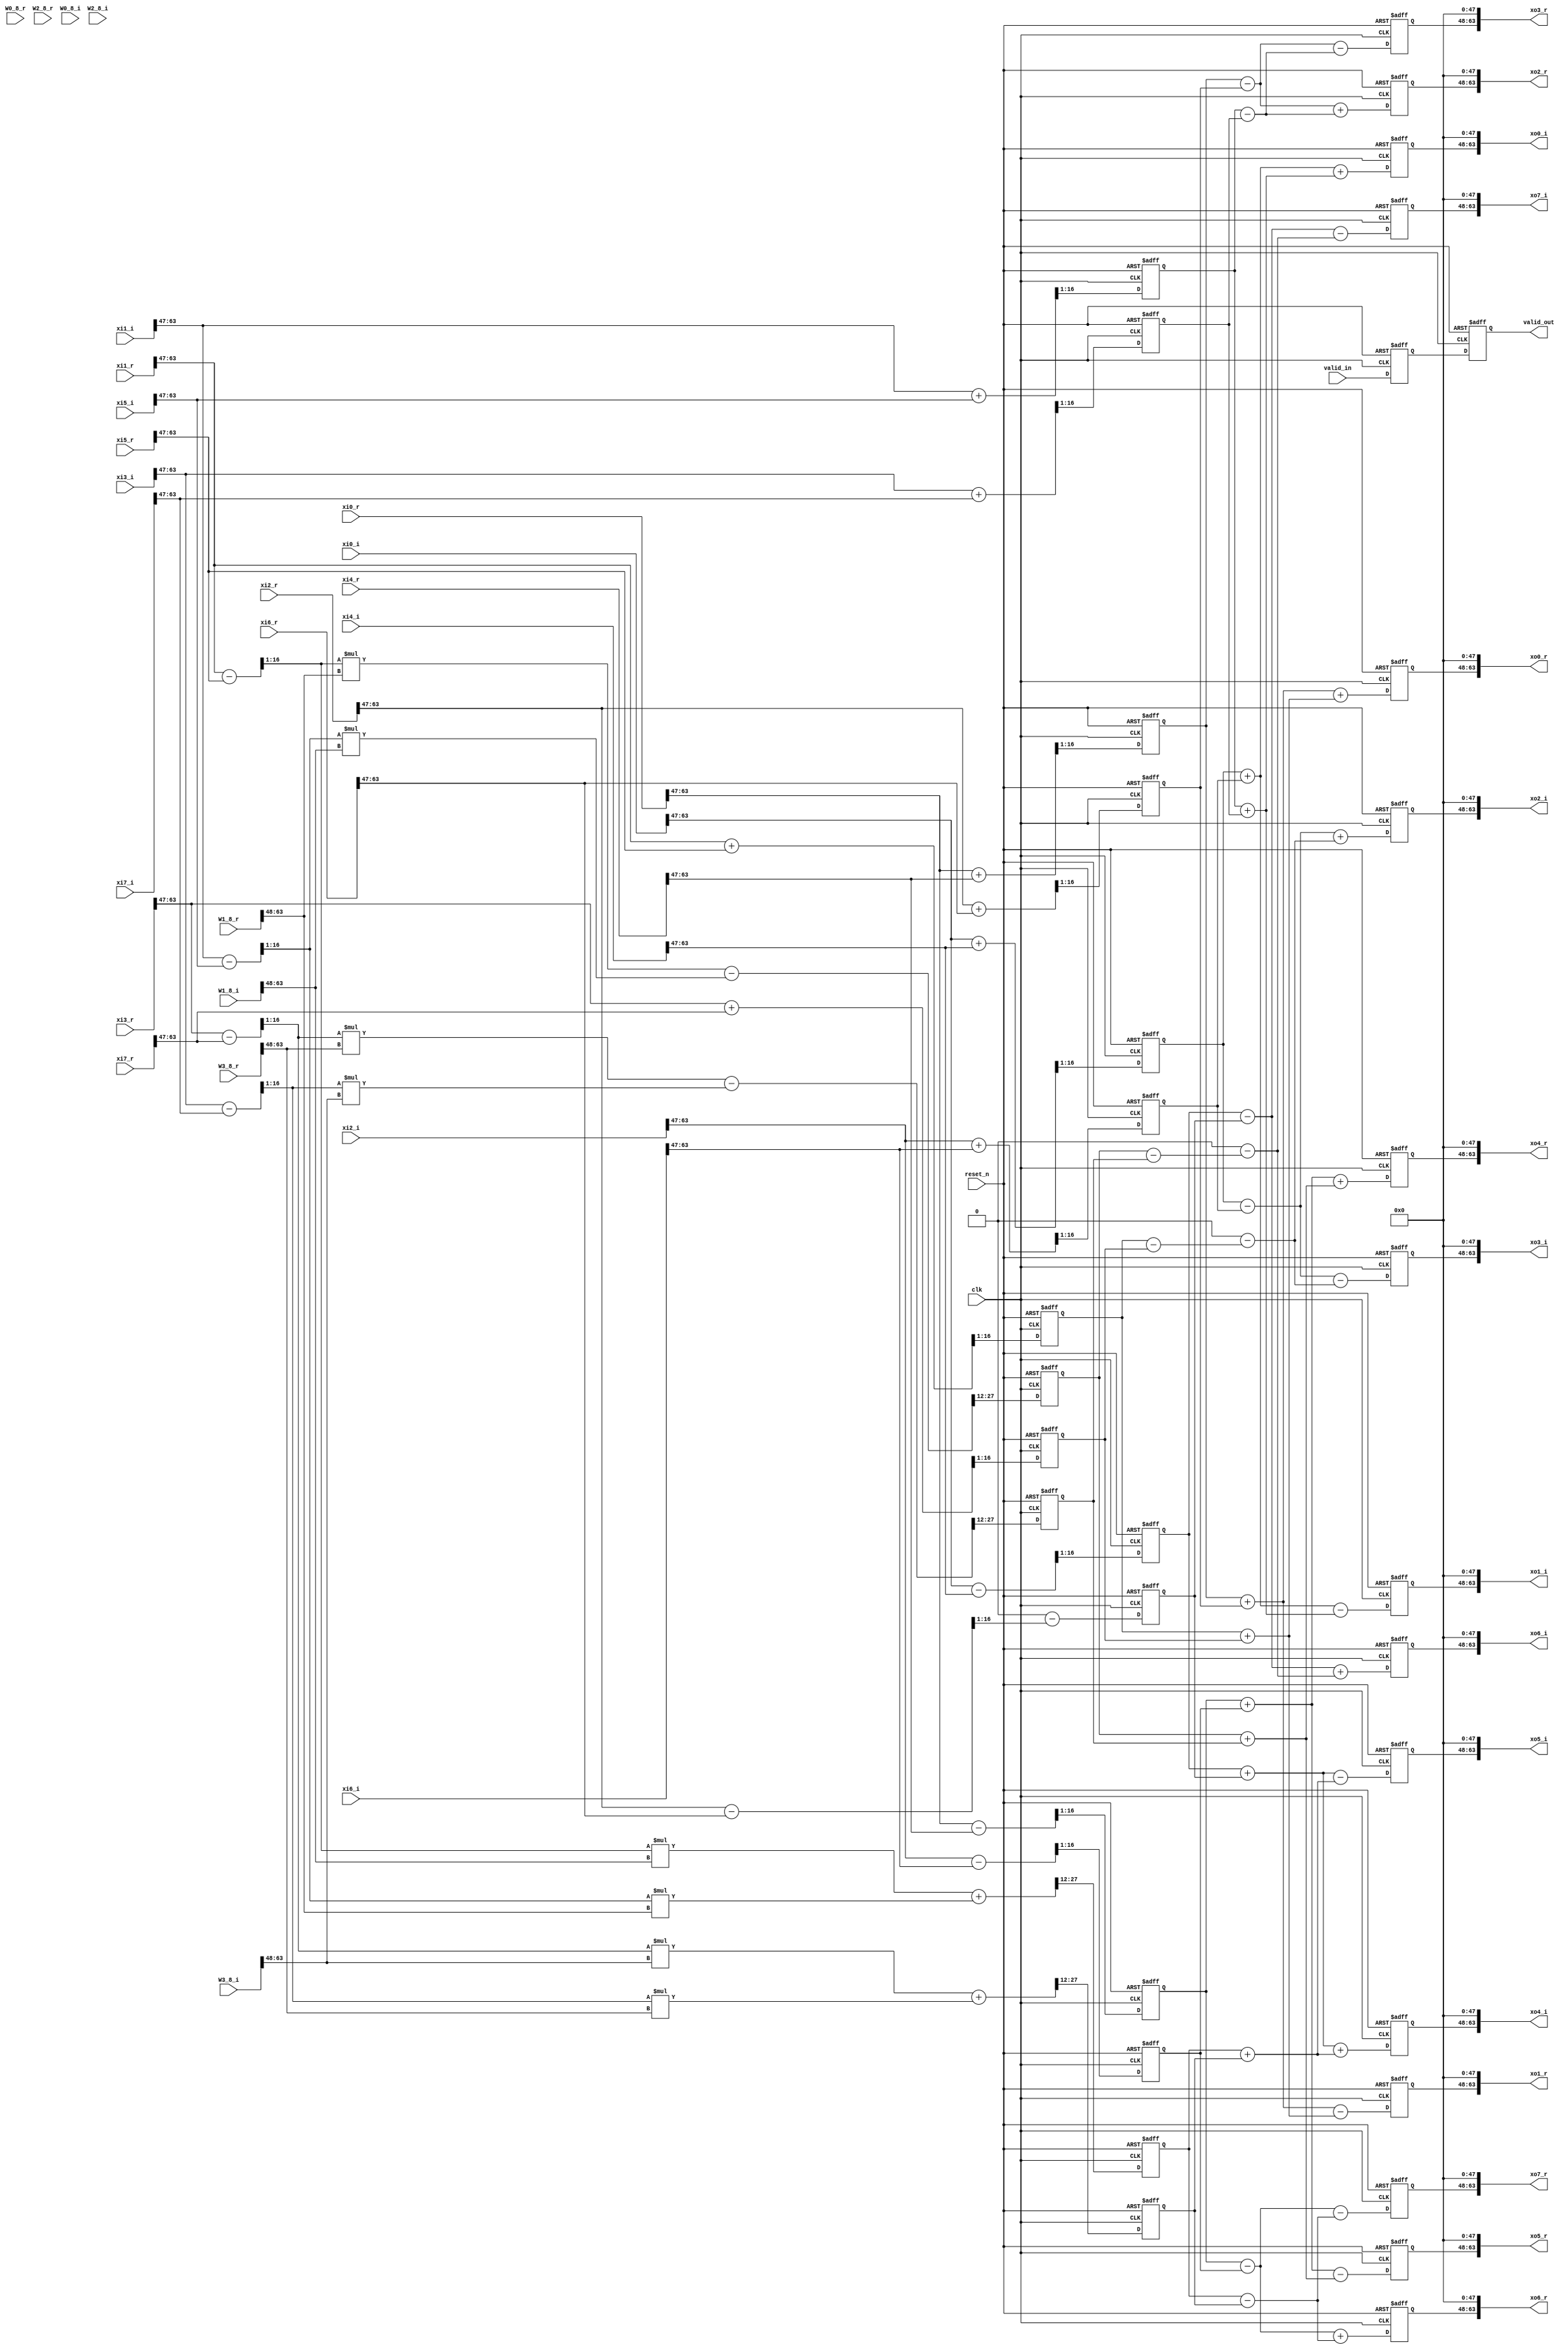
module fft_8pt(
    clk,
    reset_n,
    valid_in,
    valid_out,
    xi0_r,
    xi1_r,
    xi2_r,
    xi3_r,
    xi4_r,
    xi5_r,
    xi6_r,
    xi7_r,
    xo0_r,
    xo1_r,
    xo2_r,
    xo3_r,
    xo4_r,
    xo5_r,
    xo6_r,
    xo7_r,
    xi0_i,
    xi1_i,
    xi2_i,
    xi3_i,
    xi4_i,
    xi5_i,
    xi6_i,
    xi7_i,
    xo0_i,
    xo1_i,
    xo2_i,
    xo3_i,
    xo4_i,
    xo5_i,
    xo6_i,
    xo7_i,
    W0_8_r, W1_8_r, W2_8_r, W3_8_r, W0_8_i, W1_8_i, W2_8_i, W3_8_i
);

//parameter szBit = 16;

input  clk;
input  reset_n;
input  valid_in;
output valid_out;

reg valid_in_d1r, valid_in_d2r, valid_in_d3r;
reg signed [63:0] out_tmp_d1r, out_tmp_d2r, out_tmp_d3r;

input  signed [63:0]  W0_8_r;
input  signed [63:0]  W1_8_r;
input  signed [63:0]  W2_8_r;
input  signed [63:0]  W3_8_r;
input  signed [63:0]  W0_8_i;
input  signed [63:0]  W1_8_i;
input  signed [63:0]  W2_8_i;
input  signed [63:0]  W3_8_i;

output signed [63:0]  xo0_r;
output signed [63:0]  xo1_r;
output signed [63:0]  xo2_r;
output signed [63:0]  xo3_r;
output signed [63:0]  xo4_r;
output signed [63:0]  xo5_r;
output signed [63:0]  xo6_r;
output signed [63:0]  xo7_r;
output signed [63:0]  xo0_i;
output signed [63:0]  xo1_i;
output signed [63:0]  xo2_i;
output signed [63:0]  xo3_i;
output signed [63:0]  xo4_i;
output signed [63:0]  xo5_i;
output signed [63:0]  xo6_i;
output signed [63:0]  xo7_i;

input  signed [63:0]  xi0_r;
input  signed [63:0]  xi1_r;
input  signed [63:0]  xi2_r;
input  signed [63:0]  xi3_r;
input  signed [63:0]  xi4_r;
input  signed [63:0]  xi5_r;
input  signed [63:0]  xi6_r;
input  signed [63:0]  xi7_r;
input  signed [63:0]  xi0_i;
input  signed [63:0]  xi1_i;
input  signed [63:0]  xi2_i;
input  signed [63:0]  xi3_i;
input  signed [63:0]  xi4_i;
input  signed [63:0]  xi5_i;
input  signed [63:0]  xi6_i;
input  signed [63:0]  xi7_i;


reg   signed [16-1:0]  xo0_r_w_d1r, xo0_r_w_d2r,xo0_r_w_d3r;
reg   signed [16-1:0]  xo1_r_w_d1r, xo1_r_w_d2r,xo1_r_w_d3r;
reg   signed [16-1:0]  xo2_r_w_d1r, xo2_r_w_d2r,xo2_r_w_d3r;
reg   signed [16-1:0]  xo3_r_w_d1r, xo3_r_w_d2r,xo3_r_w_d3r;
reg   signed [16-1:0]  xo4_r_w_d1r, xo4_r_w_d2r,xo4_r_w_d3r;
reg   signed [16-1:0]  xo5_r_w_d1r, xo5_r_w_d2r,xo5_r_w_d3r;
reg   signed [16-1:0]  xo6_r_w_d1r, xo6_r_w_d2r,xo6_r_w_d3r;
reg   signed [16-1:0]  xo7_r_w_d1r, xo7_r_w_d2r,xo7_r_w_d3r;
reg   signed [16-1:0]  xo0_i_w_d1r, xo0_i_w_d2r,xo0_i_w_d3r;
reg   signed [16-1:0]  xo1_i_w_d1r, xo1_i_w_d2r,xo1_i_w_d3r;
reg   signed [16-1:0]  xo2_i_w_d1r, xo2_i_w_d2r,xo2_i_w_d3r;
reg   signed [16-1:0]  xo3_i_w_d1r, xo3_i_w_d2r,xo3_i_w_d3r;
reg   signed [16-1:0]  xo4_i_w_d1r, xo4_i_w_d2r,xo4_i_w_d3r;
reg   signed [16-1:0]  xo5_i_w_d1r, xo5_i_w_d2r,xo5_i_w_d3r;
reg   signed [16-1:0]  xo6_i_w_d1r, xo6_i_w_d2r,xo6_i_w_d3r;
reg   signed [16-1:0]  xo7_i_w_d1r, xo7_i_w_d2r,xo7_i_w_d3r;

wire  signed [16-1:0]  W0_8_r_w = {W0_8_r[63:63-16+1]};
wire  signed [16-1:0]  W1_8_r_w = {W1_8_r[63:63-16+1]};
wire  signed [16-1:0]  W2_8_r_w = {W2_8_r[63:63-16+1]};
wire  signed [16-1:0]  W3_8_r_w = {W3_8_r[63:63-16+1]};
wire  signed [16-1:0]  W0_8_i_w = {W0_8_i[63:63-16+1]};
wire  signed [16-1:0]  W1_8_i_w = {W1_8_i[63:63-16+1]};
wire  signed [16-1:0]  W2_8_i_w = {W2_8_i[63:63-16+1]};
wire  signed [16-1:0]  W3_8_i_w = {W3_8_i[63:63-16+1]};

wire   signed [17-1:0]  xi0_r_w = {xi0_r[63:63-17+1]};
wire   signed [17-1:0]  xi1_r_w = {xi1_r[63:63-17+1]};
wire   signed [17-1:0]  xi2_r_w = {xi2_r[63:63-17+1]};
wire   signed [17-1:0]  xi3_r_w = {xi3_r[63:63-17+1]};
wire   signed [17-1:0]  xi4_r_w = {xi4_r[63:63-17+1]};
wire   signed [17-1:0]  xi5_r_w = {xi5_r[63:63-17+1]};
wire   signed [17-1:0]  xi6_r_w = {xi6_r[63:63-17+1]};
wire   signed [17-1:0]  xi7_r_w = {xi7_r[63:63-17+1]};
wire   signed [17-1:0]  xi0_i_w = {xi0_i[63:63-17+1]};
wire   signed [17-1:0]  xi1_i_w = {xi1_i[63:63-17+1]};
wire   signed [17-1:0]  xi2_i_w = {xi2_i[63:63-17+1]};
wire   signed [17-1:0]  xi3_i_w = {xi3_i[63:63-17+1]};
wire   signed [17-1:0]  xi4_i_w = {xi4_i[63:63-17+1]};
wire   signed [17-1:0]  xi5_i_w = {xi5_i[63:63-17+1]};
wire   signed [17-1:0]  xi6_i_w = {xi6_i[63:63-17+1]};
wire   signed [17-1:0]  xi7_i_w = {xi7_i[63:63-17+1]};

wire   signed [16-1:0]  xo0_r_w;
wire   signed [16-1:0]  xo1_r_w;
wire   signed [16-1:0]  xo2_r_w;
wire   signed [16-1:0]  xo3_r_w;
wire   signed [16-1:0]  xo4_r_w;
wire   signed [16-1:0]  xo5_r_w;
wire   signed [16-1:0]  xo6_r_w;
wire   signed [16-1:0]  xo7_r_w;
wire   signed [16-1:0]  xo0_i_w;
wire   signed [16-1:0]  xo1_i_w;
wire   signed [16-1:0]  xo2_i_w;
wire   signed [16-1:0]  xo3_i_w;
wire   signed [16-1:0]  xo4_i_w;
wire   signed [16-1:0]  xo5_i_w;
wire   signed [16-1:0]  xo6_i_w;
wire   signed [16-1:0]  xo7_i_w;

assign xo0_r={xo0_r_w_d2r[15:0], {(64-16){1'b0}}};
assign xo1_r={xo1_r_w_d2r[15:0], {(64-16){1'b0}}};
assign xo2_r={xo2_r_w_d2r[15:0], {(64-16){1'b0}}};
assign xo3_r={xo3_r_w_d2r[15:0], {(64-16){1'b0}}};
assign xo4_r={xo4_r_w_d2r[15:0], {(64-16){1'b0}}};
assign xo5_r={xo5_r_w_d2r[15:0], {(64-16){1'b0}}};
assign xo6_r={xo6_r_w_d2r[15:0], {(64-16){1'b0}}};
assign xo7_r={xo7_r_w_d2r[15:0], {(64-16){1'b0}}};
assign xo0_i={xo0_i_w_d2r[15:0], {(64-16){1'b0}}};
assign xo1_i={xo1_i_w_d2r[15:0], {(64-16){1'b0}}};
assign xo2_i={xo2_i_w_d2r[15:0], {(64-16){1'b0}}};
assign xo3_i={xo3_i_w_d2r[15:0], {(64-16){1'b0}}};
assign xo4_i={xo4_i_w_d2r[15:0], {(64-16){1'b0}}};
assign xo5_i={xo5_i_w_d2r[15:0], {(64-16){1'b0}}};
assign xo6_i={xo6_i_w_d2r[15:0], {(64-16){1'b0}}};
assign xo7_i={xo7_i_w_d2r[15:0], {(64-16){1'b0}}};

wire    signed [17-1:0]  s1_0_r;
wire    signed [17-1:0]  s1_1_r;
wire    signed [17-1:0]  s1_2_r;
wire    signed [17-1:0]  s1_3_r;
wire    signed [17-1:0]  s1_4_r;
wire    signed [17-1:0]  s1_5_r;
wire    signed [17-1:0]  s1_6_r;
wire    signed [17-1:0]  s1_7_r;

wire    signed [17-1:0]  s1_0_i;
wire    signed [17-1:0]  s1_1_i;
wire    signed [17-1:0]  s1_2_i;
wire    signed [17-1:0]  s1_3_i;
wire    signed [17-1:0]  s1_4_i;
wire    signed [17-1:0]  s1_5_i;
wire    signed [17-1:0]  s1_6_i;
wire    signed [17-1:0]  s1_7_i;

wire    signed [16-1:0]  s2_0_r;
wire    signed [16-1:0]  s2_1_r;
wire    signed [16-1:0]  s2_2_r;
wire    signed [16-1:0]  s2_3_r;
wire    signed [16-1:0]  s2_4_r;
wire    signed [16-1:0]  s2_5_r;
wire    signed [16-1:0]  s2_6_r;
wire    signed [16-1:0]  s2_7_r;

wire    signed [16-1:0]  s2_0_i;
wire    signed [16-1:0]  s2_1_i;
wire    signed [16-1:0]  s2_2_i;
wire    signed [16-1:0]  s2_3_i;
wire    signed [16-1:0]  s2_4_i;
wire    signed [16-1:0]  s2_5_i;
wire    signed [16-1:0]  s2_6_i;
wire    signed [16-1:0]  s2_7_i;

wire    signed [16-1:0]  s3_0_r;
wire    signed [16-1:0]  s3_1_r;
wire    signed [16-1:0]  s3_2_r;
wire    signed [16-1:0]  s3_3_r;
wire    signed [16-1:0]  s3_4_r;
wire    signed [16-1:0]  s3_5_r;
wire    signed [16-1:0]  s3_6_r;
wire    signed [16-1:0]  s3_7_r;

wire    signed [16-1:0]  s3_0_i;
wire    signed [16-1:0]  s3_1_i;
wire    signed [16-1:0]  s3_2_i;
wire    signed [16-1:0]  s3_3_i;
wire    signed [16-1:0]  s3_4_i;
wire    signed [16-1:0]  s3_5_i;
wire    signed [16-1:0]  s3_6_i;
wire    signed [16-1:0]  s3_7_i;

wire    signed [16-1:0]  s1_4_tmp_r;
wire    signed [16-1:0]  s1_6_tmp_r;
wire    signed [16-1:0]  s1_5_tmp_r;
wire    signed [16-1:0]  s1_7_tmp_r;
wire    signed [16-1:0]  s1_4_tmp_i;
wire    signed [16-1:0]  s1_6_tmp_i;
wire    signed [16-1:0]  s1_5_tmp_i;
wire    signed [16-1:0]  s1_7_tmp_i;

wire    signed [16-1:0]   s2_2_tmp_r;
wire    signed [16-1:0]   s2_3_tmp_r;
wire    signed [16-1:0]   s2_6_tmp_r;
wire    signed [16-1:0]   s2_7_tmp_r;
wire    signed [16-1:0]   s2_2_tmp_i;
wire    signed [16-1:0]   s2_3_tmp_i;
wire    signed [16-1:0]   s2_6_tmp_i;
wire    signed [16-1:0]   s2_7_tmp_i;

wire    signed [16-1:0]   s3_1_tmp_r;
wire    signed [16-1:0]   s3_3_tmp_r;
wire    signed [16-1:0]   s3_5_tmp_r;
wire    signed [16-1:0]   s3_7_tmp_r;
wire    signed [16-1:0]   s3_1_tmp_i;
wire    signed [16-1:0]   s3_3_tmp_i;
wire    signed [16-1:0]   s3_5_tmp_i;
wire    signed [16-1:0]   s3_7_tmp_i;

//------------- Stage 1 ----------------
wire   signed [17-1:0]  xi0_r_tmp = (xi0_r_w>>>0)<<<0;
wire   signed [17-1:0]  xi1_r_tmp = (xi1_r_w>>>0)<<<0;
wire   signed [17-1:0]  xi2_r_tmp = (xi2_r_w>>>0)<<<0;
wire   signed [17-1:0]  xi3_r_tmp = (xi3_r_w>>>0)<<<0;
wire   signed [17-1:0]  xi4_r_tmp = (xi4_r_w>>>0)<<<0;
wire   signed [17-1:0]  xi5_r_tmp = (xi5_r_w>>>0)<<<0;
wire   signed [17-1:0]  xi6_r_tmp = (xi6_r_w>>>0)<<<0;
wire   signed [17-1:0]  xi7_r_tmp = (xi7_r_w>>>0)<<<0;
wire   signed [17-1:0]  xi0_i_tmp = (xi0_i_w>>>0)<<<0;
wire   signed [17-1:0]  xi1_i_tmp = (xi1_i_w>>>0)<<<0;
wire   signed [17-1:0]  xi2_i_tmp = (xi2_i_w>>>0)<<<0;
wire   signed [17-1:0]  xi3_i_tmp = (xi3_i_w>>>0)<<<0;
wire   signed [17-1:0]  xi4_i_tmp = (xi4_i_w>>>0)<<<0;
wire   signed [17-1:0]  xi5_i_tmp = (xi5_i_w>>>0)<<<0;
wire   signed [17-1:0]  xi6_i_tmp = (xi6_i_w>>>0)<<<0;
wire   signed [17-1:0]  xi7_i_tmp = (xi7_i_w>>>0)<<<0;

wire    signed [16-1:0]  W0_8_r_tmp = (W0_8_r_w>>>0);
wire    signed [16-1:0]  W1_8_r_tmp = (W1_8_r_w>>>0);
wire    signed [16-1:0]  W2_8_r_tmp = (W2_8_r_w>>>0);
wire    signed [16-1:0]  W3_8_r_tmp = (W3_8_r_w>>>0);
wire    signed [16-1:0]  W0_8_i_tmp = (W0_8_i_w>>>0);
wire    signed [16-1:0]  W1_8_i_tmp = (W1_8_i_w>>>0);
wire    signed [16-1:0]  W2_8_i_tmp = (W2_8_i_w>>>0);
wire    signed [16-1:0]  W3_8_i_tmp = (W3_8_i_w>>>0);

assign valid_out = valid_in_d2r;


always @(negedge reset_n or posedge clk) begin
    if(!reset_n) begin
        valid_in_d1r <= 0;
        valid_in_d2r <= 0;
        valid_in_d3r <= 0;
        xo0_r_w_d1r<=0; xo0_i_w_d1r<=0;
        xo1_r_w_d1r<=0; xo1_i_w_d1r<=0;
        xo2_r_w_d1r<=0; xo2_i_w_d1r<=0;
        xo3_r_w_d1r<=0; xo3_i_w_d1r<=0;
        xo4_r_w_d1r<=0; xo4_i_w_d1r<=0;
        xo5_r_w_d1r<=0; xo5_i_w_d1r<=0;
        xo6_r_w_d1r<=0; xo6_i_w_d1r<=0;
        xo7_r_w_d1r<=0; xo7_i_w_d1r<=0;
        xo0_r_w_d2r<=0; xo0_i_w_d2r<=0;
        xo1_r_w_d2r<=0; xo1_i_w_d2r<=0;
        xo2_r_w_d2r<=0; xo2_i_w_d2r<=0;
        xo3_r_w_d2r<=0; xo3_i_w_d2r<=0;
        xo4_r_w_d2r<=0; xo4_i_w_d2r<=0;
        xo5_r_w_d2r<=0; xo5_i_w_d2r<=0;
        xo6_r_w_d2r<=0; xo6_i_w_d2r<=0;
        xo7_r_w_d2r<=0; xo7_i_w_d2r<=0;

    end else begin
        valid_in_d1r <= valid_in;
        valid_in_d2r <= valid_in_d1r;
        valid_in_d3r <= valid_in_d2r;
        xo0_r_w_d1r<=s1_0_r[17-1:1]; xo0_i_w_d1r<=s1_0_i[17-1:1];
        xo1_r_w_d1r<=s1_1_r[17-1:1]; xo1_i_w_d1r<=s1_1_i[17-1:1];
        xo2_r_w_d1r<=s1_2_r[17-1:1]; xo2_i_w_d1r<=s1_2_i[17-1:1];
        xo3_r_w_d1r<=s1_3_r[17-1:1]; xo3_i_w_d1r<=s1_3_i[17-1:1];
        xo4_r_w_d1r<=s1_4_tmp_r; xo4_i_w_d1r<=s1_4_tmp_i;
        xo5_r_w_d1r<=s1_5_tmp_r; xo5_i_w_d1r<=s1_5_tmp_i;
        xo6_r_w_d1r<=s1_6_tmp_r; xo6_i_w_d1r<=s1_6_tmp_i;
        xo7_r_w_d1r<=s1_7_tmp_r; xo7_i_w_d1r<=s1_7_tmp_i;
        xo0_r_w_d2r<=xo0_r_w; xo0_i_w_d2r<=xo0_i_w;
        xo1_r_w_d2r<=xo1_r_w; xo1_i_w_d2r<=xo1_i_w;
        xo2_r_w_d2r<=xo2_r_w; xo2_i_w_d2r<=xo2_i_w;
        xo3_r_w_d2r<=xo3_r_w; xo3_i_w_d2r<=xo3_i_w;
        xo4_r_w_d2r<=xo4_r_w; xo4_i_w_d2r<=xo4_i_w;
        xo5_r_w_d2r<=xo5_r_w; xo5_i_w_d2r<=xo5_i_w;
        xo6_r_w_d2r<=xo6_r_w; xo6_i_w_d2r<=xo6_i_w;
        xo7_r_w_d2r<=xo7_r_w; xo7_i_w_d2r<=xo7_i_w;
    end
end

assign s1_0_r = (xi0_r_tmp>>>0)+(xi4_r_tmp>>>0);
assign s1_1_r = (xi1_r_tmp>>>0)+(xi5_r_tmp>>>0);
assign s1_2_r = (xi2_r_tmp>>>0)+(xi6_r_tmp>>>0);
assign s1_3_r = (xi3_r_tmp>>>0)+(xi7_r_tmp>>>0);
assign s1_4_r = (xi0_r_tmp>>>0)-(xi4_r_tmp>>>0);
assign s1_5_r = (xi1_r_tmp>>>0)-(xi5_r_tmp>>>0);
assign s1_6_r = (xi2_r_tmp>>>0)-(xi6_r_tmp>>>0);
assign s1_7_r = (xi3_r_tmp>>>0)-(xi7_r_tmp>>>0);

assign s1_0_i = (xi0_i_tmp>>>0)+(xi4_i_tmp>>>0);
assign s1_1_i = (xi1_i_tmp>>>0)+(xi5_i_tmp>>>0);
assign s1_2_i = (xi2_i_tmp>>>0)+(xi6_i_tmp>>>0);
assign s1_3_i = (xi3_i_tmp>>>0)+(xi7_i_tmp>>>0);
assign s1_4_i = (xi0_i_tmp>>>0)-(xi4_i_tmp>>>0);
assign s1_5_i = (xi1_i_tmp>>>0)-(xi5_i_tmp>>>0);
assign s1_6_i = (xi2_i_tmp>>>0)-(xi6_i_tmp>>>0);
assign s1_7_i = (xi3_i_tmp>>>0)-(xi7_i_tmp>>>0);

//------------- Stage 2 ----------------


assign s2_0_r = (xo0_r_w_d1r>>>0)+(xo2_r_w_d1r>>>0);
assign s2_1_r = (xo1_r_w_d1r>>>0)+(xo3_r_w_d1r>>>0);
assign s2_2_r = (xo0_r_w_d1r>>>0)-(xo2_r_w_d1r>>>0);
assign s2_3_r = (xo1_r_w_d1r>>>0)-(xo3_r_w_d1r>>>0);
assign s2_4_r = (xo4_r_w_d1r>>>0)+(xo6_r_w_d1r>>>0);
assign s2_5_r = (xo5_r_w_d1r>>>0)+(xo7_r_w_d1r>>>0);
assign s2_6_r = (xo4_r_w_d1r>>>0)-(xo6_r_w_d1r>>>0);
assign s2_7_r = (xo5_r_w_d1r>>>0)-(xo7_r_w_d1r>>>0);

assign s2_0_i = (xo0_i_w_d1r>>>0)+(xo2_i_w_d1r>>>0);
assign s2_1_i = (xo1_i_w_d1r>>>0)+(xo3_i_w_d1r>>>0);
assign s2_2_i = (xo0_i_w_d1r>>>0)-(xo2_i_w_d1r>>>0);
assign s2_3_i = (xo1_i_w_d1r>>>0)-(xo3_i_w_d1r>>>0);
assign s2_4_i = (xo4_i_w_d1r>>>0)+(xo6_i_w_d1r>>>0);
assign s2_5_i = (xo5_i_w_d1r>>>0)+(xo7_i_w_d1r>>>0);
assign s2_6_i = (xo4_i_w_d1r>>>0)-(xo6_i_w_d1r>>>0);
assign s2_7_i = (xo5_i_w_d1r>>>0)-(xo7_i_w_d1r>>>0);

//------------- Stage 3 ----------------

assign s3_0_r = (s2_0_r>>>0)+(s2_1_r>>>0);
assign s3_1_r = (s2_0_r>>>0)-(s2_1_r>>>0);
assign s3_2_r = (s2_2_tmp_r>>>0)+(s2_3_tmp_r>>>0);
assign s3_3_r = (s2_2_tmp_r>>>0)-(s2_3_tmp_r>>>0);
assign s3_4_r = (s2_4_r>>>0)+(s2_5_r>>>0);
assign s3_5_r = (s2_4_r>>>0)-(s2_5_r>>>0);
assign s3_6_r = (s2_6_tmp_r>>>0)+(s2_7_tmp_r>>>0);
assign s3_7_r = (s2_6_tmp_r>>>0)-(s2_7_tmp_r>>>0);

assign s3_0_i = (s2_0_i>>>0)+(s2_1_i>>>0);
assign s3_1_i = (s2_0_i>>>0)-(s2_1_i>>>0);
assign s3_2_i = (s2_2_tmp_i>>>0)+(s2_3_tmp_i>>>0);
assign s3_3_i = (s2_2_tmp_i>>>0)-(s2_3_tmp_i>>>0);
assign s3_4_i = (s2_4_i>>>0)+(s2_5_i>>>0);
assign s3_5_i = (s2_4_i>>>0)-(s2_5_i>>>0);
assign s3_6_i = (s2_6_tmp_i>>>0)+(s2_7_tmp_i>>>0);
assign s3_7_i = (s2_6_tmp_i>>>0)-(s2_7_tmp_i>>>0);

//------------- Output Stage ----------------

assign xo0_r_w = s3_0_r;
assign xo1_r_w = s3_1_tmp_r;
assign xo2_r_w = s3_2_r;
assign xo3_r_w = s3_3_tmp_r;
assign xo4_r_w = s3_4_r;
assign xo5_r_w = s3_5_tmp_r;
assign xo6_r_w = s3_6_r;
assign xo7_r_w = s3_7_tmp_r;

assign xo0_i_w = s3_0_i;
assign xo1_i_w = s3_1_tmp_i;
assign xo2_i_w = s3_2_i;
assign xo3_i_w = s3_3_tmp_i;
assign xo4_i_w = s3_4_i;
assign xo5_i_w = s3_5_tmp_i;
assign xo6_i_w = s3_6_i;
assign xo7_i_w = s3_7_tmp_i;

//assign s1_4_tmp_r = real_part(s1_4_r, s1_4_i, (W0_8_r_tmp>>>0), (W0_8_i_tmp>>>0) );
assign s1_4_tmp_r = s1_4_r[17-1:1];
assign s1_5_tmp_r = real_part(s1_5_r[17-1:1], s1_5_i[17-1:1], (W1_8_r_tmp>>>0), (W1_8_i_tmp>>>0) );
//assign s1_6_tmp_r = real_part(s1_6_r, s1_6_i, (W2_8_r_tmp>>>0), (W2_8_i_tmp>>>0) );
assign s1_6_tmp_r = s1_6_i[17-1:1];
assign s1_7_tmp_r = real_part(s1_7_r[17-1:1], s1_7_i[17-1:1], (W3_8_r_tmp>>>0), (W3_8_i_tmp>>>0) );
//assign s1_4_tmp_i = imag_part(s1_4_r, s1_4_i, (W0_8_r_tmp>>>0), (W0_8_i_tmp>>>0) );
assign s1_4_tmp_i = s1_4_i[17-1:1];
assign s1_5_tmp_i = imag_part(s1_5_r[17-1:1], s1_5_i[17-1:1], (W1_8_r_tmp>>>0), (W1_8_i_tmp>>>0) );
//assign s1_6_tmp_i = imag_part(s1_6_r, s1_6_i, (W2_8_r_tmp>>>0), (W2_8_i_tmp>>>0) );
assign s1_6_tmp_i = 16'b0-s1_6_r[17-1:1];
assign s1_7_tmp_i = imag_part(s1_7_r[17-1:1], s1_7_i[17-1:1], (W3_8_r_tmp>>>0), (W3_8_i_tmp>>>0) );

//assign s2_2_tmp_r = real_part(xo2_r_w_d1r, xo2_i_w_d1r, (W0_8_r_tmp>>>0), (W0_8_i_tmp>>>0) );
//assign s2_3_tmp_r = real_part(xo3_r_w_d1r, xo3_i_w_d1r, (W2_8_r_tmp>>>0), (W2_8_i_tmp>>>0) );
//assign s2_6_tmp_r = real_part(xo6_r_w_d1r, xo6_i_w_d1r, (W0_8_r_tmp>>>0), (W0_8_i_tmp>>>0) );
//assign s2_7_tmp_r = real_part(xo7_r_w_d1r, xo7_i_w_d1r, (W2_8_r_tmp>>>0), (W2_8_i_tmp>>>0) );
//assign s2_2_tmp_i = imag_part(xo2_r_w_d1r, xo2_i_w_d1r, (W0_8_r_tmp>>>0), (W0_8_i_tmp>>>0) );
//assign s2_3_tmp_i = imag_part(xo3_r_w_d1r, xo3_i_w_d1r, (W2_8_r_tmp>>>0), (W2_8_i_tmp>>>0) );
//assign s2_6_tmp_i = imag_part(xo6_r_w_d1r, xo6_i_w_d1r, (W0_8_r_tmp>>>0), (W0_8_i_tmp>>>0) );
//assign s2_7_tmp_i = imag_part(xo7_r_w_d1r, xo7_i_w_d1r, (W2_8_r_tmp>>>0), (W2_8_i_tmp>>>0) );

//assign s2_2_tmp_r = real_part(xo2_r_w_d1r[16-1:1], xo2_i_w_d1r[16-1:1], (W0_1_r_tmp[16-1:1]), (W0_1_i_tmp[16-1:1]) );
assign s2_2_tmp_r = s2_2_r;
//assign s2_3_tmp_r = real_part(s2_3_r[16-1:1], s2_3_r[16-1:1], (W2_1_r_tmp[16-1:1]), (W2_1_i_tmp[16-1:1]) );
assign s2_3_tmp_r = s2_3_i;
//assign s2_6_tmp_r = real_part(xo6_r_w_d1r[16-1:1], xo6_i_w_d1r[16-1:1], (W0_1_r_tmp[16-1:1]), (W0_1_i_tmp[16-1:1]) );
assign s2_6_tmp_r = s2_6_r;
//assign s2_7_tmp_r = real_part(s2_7_r[16-1:1], s2_7_r[16-1:1], (W2_1_r_tmp[16-1:1]), (W2_1_i_tmp[16-1:1]) );
assign s2_7_tmp_r = s2_7_i;
//assign s2_2_tmp_i = imag_part(xo2_r_w_d1r[16-1:1], xo2_i_w_d1r[16-1:1], (W0_1_r_tmp[16-1:1]), (W0_1_i_tmp[16-1:1]) );
assign s2_2_tmp_i = s2_2_i;
//assign s2_3_tmp_i = imag_part(s2_3_i[16-1:1], s2_3_i[16-1:1], (W2_1_r_tmp[16-1:1]), (W2_1_i_tmp[16-1:1]) );
assign s2_3_tmp_i=  16'b0-s2_3_r;
//assign s2_6_tmp_i = imag_part(xo6_r_w_d1r[16-1:1], xo6_i_w_d1r[16-1:1], (W0_1_r_tmp[16-1:1]), (W0_1_i_tmp[16-1:1]) );
assign s2_6_tmp_i = s2_6_i;
//assign s2_7_tmp_i = imag_part(s2_7_i[16-1:1], s2_7_i[16-1:1], (W2_1_r_tmp[16-1:1]), (W2_1_i_tmp[16-1:1]) );
assign s2_7_tmp_i=  16'b0-s2_7_r;

assign s3_1_tmp_r = s3_1_r;
assign s3_3_tmp_r = s3_3_r;
assign s3_5_tmp_r = s3_5_r;
assign s3_7_tmp_r = s3_7_r;

assign s3_1_tmp_i = s3_1_i;
assign s3_3_tmp_i = s3_3_i;
assign s3_5_tmp_i = s3_5_i;
assign s3_7_tmp_i = s3_7_i;


//assign s3_1_tmp_r = real_part(s3_1_r, s3_1_i, (W0_8_r_tmp>>>0), (W0_8_i_tmp>>>0) );
//assign s3_3_tmp_r = real_part(s3_3_r, s3_3_i, (W0_8_r_tmp>>>0), (W0_8_i_tmp>>>0) );
//assign s3_5_tmp_r = real_part(s3_5_r, s3_5_i, (W0_8_r_tmp>>>0), (W0_8_i_tmp>>>0) );
//assign s3_7_tmp_r = real_part(s3_7_r, s3_7_i, (W0_8_r_tmp>>>0), (W0_8_i_tmp>>>0) );
//assign s3_1_tmp_i = imag_part(s3_1_r, s3_1_i, (W0_8_r_tmp>>>0), (W0_8_i_tmp>>>0) );
//assign s3_3_tmp_i = imag_part(s3_3_r, s3_3_i, (W0_8_r_tmp>>>0), (W0_8_i_tmp>>>0) );
//assign s3_5_tmp_i = imag_part(s3_5_r, s3_5_i, (W0_8_r_tmp>>>0), (W0_8_i_tmp>>>0) );
//assign s3_7_tmp_i = imag_part(s3_7_r, s3_7_i, (W0_8_r_tmp>>>0), (W0_8_i_tmp>>>0) );


//-------------------------------------------------
// Input format:
// real_part(a,b,c,d);
// imag_part(a,b,c,d);
//-------------------------------------------------
// real_part = (ac-bd)
// imag_part = (ad+bc)
//-------------------------------------------------

function signed [16-1:0] real_part;
    input   signed [16-1:0]  a;
    input   signed [16-1:0]  b;
    input   signed [16-1:0]  c;
    input   signed [16-1:0]  d;
    reg     signed [16*2-1:0] tmp1;
    reg     signed [16*2-1:0] tmp2;
    reg     signed [16*2-1:0] tmp3;
begin
	tmp1=a*c;
	tmp2=b*d;
	tmp3=tmp1-tmp2;
	real_part=tmp3[16*2-4-1:16-4];
end
endfunction

function signed [16-1:0] imag_part;
    input   signed [16-1:0]  a;
    input   signed [16-1:0]  b;
    input   signed [16-1:0]  c;
    input   signed [16-1:0]  d;
    reg     signed [16*2-1:0] tmp1;
    reg     signed [16*2-1:0] tmp2;
    reg     signed [16*2-1:0] tmp3;
   // reg     unsigned [2:0] p;
   // reg     unsigned [2:0] q;
    //reg     unsigned [2:0] a_i;
    //reg     unsigned [2:0] b_i;
    //reg     unsigned [2:0] c_i;
    //reg     unsigned [2:0] d_i;
   //reg     unsigned sign_tmp1;
    //reg     unsigned sign_tmp2;
    //reg     unsigned sign_tmp3;
    //reg     unsigned max;
    begin

	tmp1=a*d;
	tmp2=b*c;
	tmp3=tmp1+tmp2;
	imag_part=tmp3[16*2-4-1:16-4];
	
	
    end
endfunction


endmodule